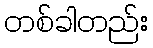
တစ်ခါတည်း